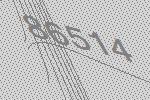
86514